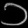
Digit: ၁